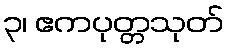
၃၊ ဧကပုတ္တသုတ်